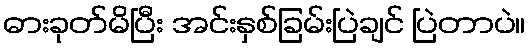
ဓားခုတ်မိပြီး အင်းနှစ်ခြမ်းပြဲချင် ပြဲတာပဲ။